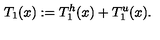
T _ { 1 } ( x ) : = T _ { 1 } ^ { h } ( x ) + T _ { 1 } ^ { u } ( x ) .